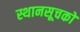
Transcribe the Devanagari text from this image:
स्थानसूचकों